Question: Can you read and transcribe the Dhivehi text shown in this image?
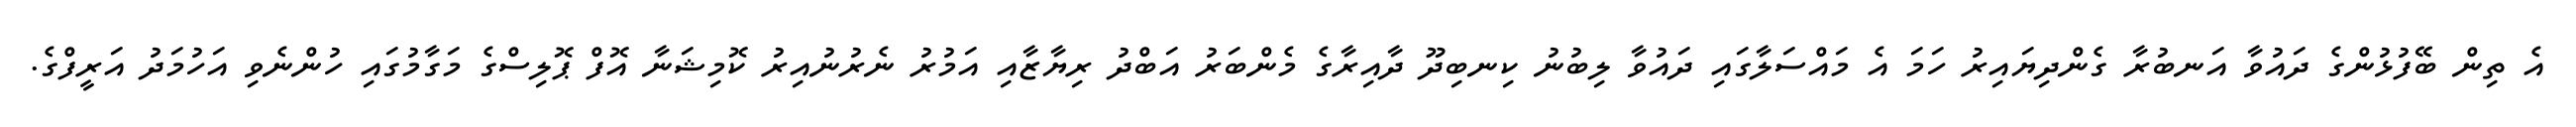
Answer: އެ ތިން ބޭފުޅުންގެ ދައުވާ އަނބުރާ ގެންދިޔައިރު ހަމަ އެ މައްސަލާގައި ދައުވާ ލިބުނު ކިނބިދޫ ދާއިރާގެ މެންބަރު އަބްދު ރިޔާޒާއި އަމުރު ނެރުނުއިރު ކޮމިޝަނާ އޮފް ޕޮލިސްގެ މަގާމުގައި ހުންނެވި އަހުމަދު އަރީފްގެ.